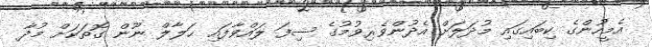
އެމީހުންގެ ކިބައިގައި މުދަލަށް އެދުންވެރިވުމުގެ ސިފަ ލައްވާފައި ޙަލާލް ނޫން ގޮތަކަށް މުދާ